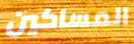
المساكين